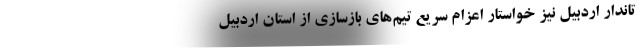
تاندار اردبیل نیز خواستار اعزام سریع تیم‌های بازسازی از استان اردبیل